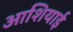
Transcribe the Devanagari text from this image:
आशियाई